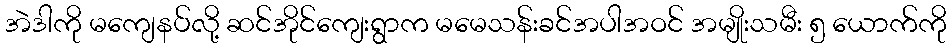
အဲဒါကို မကျေနပ်လို့ ဆင်အိုင်ကျေးရွာက မမေသန်းခင်အပါအဝင် အမျိုးသမီး ၅ ယောက်ကို